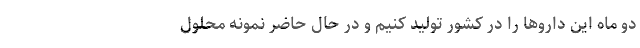
دو ماه این داروها را در کشور تولید کنیم و در حال حاضر نمونه محلول